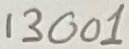
Text: 13001